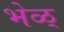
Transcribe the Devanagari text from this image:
भेळ्